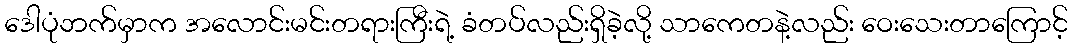
ဒေါပုံဘက်မှာက အလောင်းမင်းတရားကြီးရဲ့ ခံတပ်လည်းရှိခဲ့လို့ သာကေတနဲ့လည်း ဝေးသေးတာကြောင့်